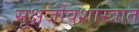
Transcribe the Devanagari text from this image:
सूक्षजीवशास्त्रात